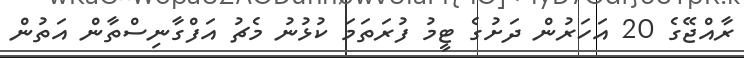
ރާއްޖޭގެ 20 އަހަރުން ދަށުގެ ޓީމު ފުރަތަމަ ކުޅުނު މެޗު އަފްގާނިސްތާން އަތުން